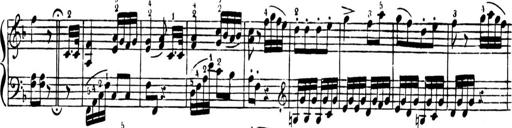
Title: Sequel to Instructions for the Piano-Forte,  M.3.06
Composer: Johann Baptist Cramer